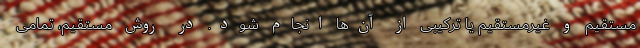
مستقیم و غیرمستقیم یا ترکیبی از آن‌ها انجام شود. در روش مستقیم، تمامی